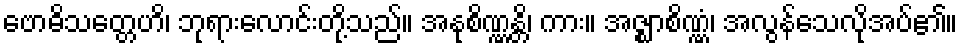
ဗောဓိသတ္တေဟိ၊ ဘုရားလောင်းတို့သည်။ အနုစိဏ္ဏန္တိ၊ ကား။ အဇ္ဈာစိဏ္ဏံ၊ အလွန်သေလိုအပ်၏။